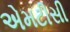
એમટીસી